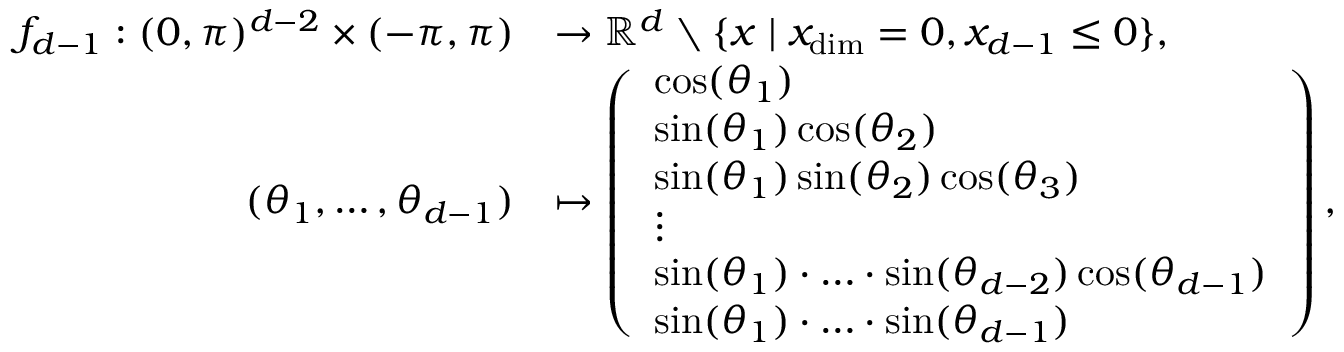
\begin{array} { r l } { f _ { d - 1 } : ( 0 , \pi ) ^ { d - 2 } \times ( - \pi , \pi ) } & { \to \mathbb { R } ^ { d } \setminus \{ x \mid x _ { \dim } = 0 , x _ { d - 1 } \leq 0 \} , } \\ { ( \theta _ { 1 } , \ldots , \theta _ { d - 1 } ) } & { \mapsto \left( \begin{array} { l } { \cos ( \theta _ { 1 } ) } \\ { \sin ( \theta _ { 1 } ) \cos ( \theta _ { 2 } ) } \\ { \sin ( \theta _ { 1 } ) \sin ( \theta _ { 2 } ) \cos ( \theta _ { 3 } ) } \\ { \vdots } \\ { \sin ( \theta _ { 1 } ) \cdot \ldots \cdot \sin ( \theta _ { d - 2 } ) \cos ( \theta _ { d - 1 } ) } \\ { \sin ( \theta _ { 1 } ) \cdot \ldots \cdot \sin ( \theta _ { d - 1 } ) } \end{array} \right) , } \end{array}